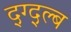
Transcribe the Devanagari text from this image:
द्ग्द्ल्ब